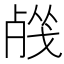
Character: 𣨦